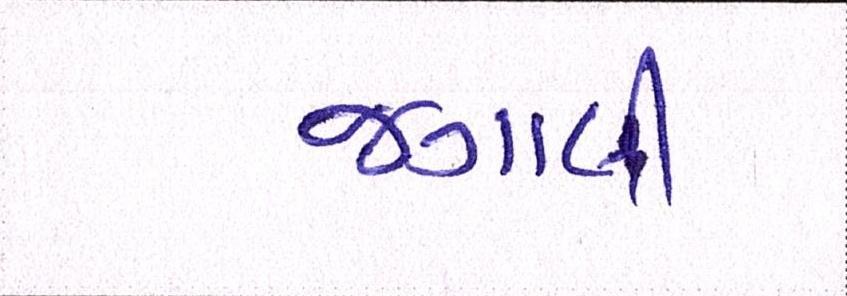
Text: જગાવી